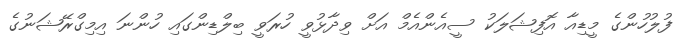
ފުލުހުންގެ މީޑިއާ އޮފިޝަލަކު ސީއެންއެމް އަށް ވިދާޅުވީ ހުރަވީ ބިލްޑިންގައި ހުންނަ އިމިގްރޭޝަނުގެ